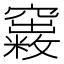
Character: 𥨺